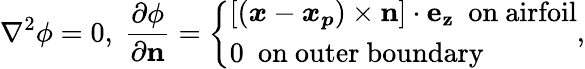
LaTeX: \nabla^{2}\phi=0,~\frac{\partial\phi}{\partial\boldsymbol{\mathrm{n}}}=\left\{ \begin{array}{ll}{[(\boldsymbol{x}-\boldsymbol{x_{p}})\times\boldsymbol{\mathrm{n}}]\cdot\boldsymbol{\mathrm{e_{z}}}~~\mathrm{on~airfoil}}\\ {0~~\mathrm{on~outer~boundary}}\end{array}\right.,